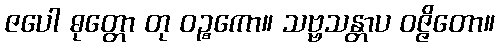
ဇပေါ ဓုတ္တော တု ဝဉ္စကော။ သဗ္ဗသန္တာပ ဝဇ္ဇိတော။